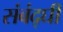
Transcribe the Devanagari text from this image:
संबंद्घी